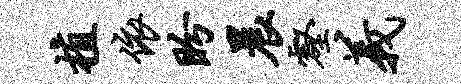
植依盼晨壑义